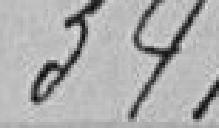
341